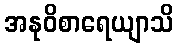
အနုဝိစာရေယျာသိ